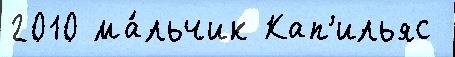
2010 ма́льчик Кап'ильяс